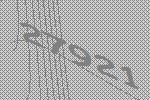
27921